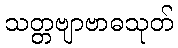
သတ္တဗျာဗာဓသုတ်